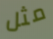
مثل